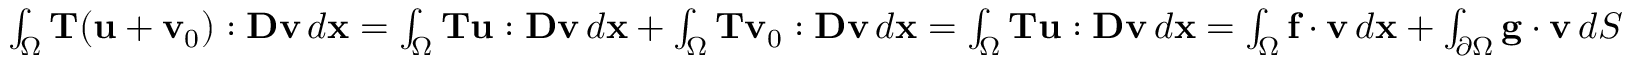
\begin{array} { r l } & { \int _ { \Omega } { \bf T } ( { \bf u } + { \bf v } _ { 0 } ) : { \bf D } { \bf v } \, d { \bf x } = \int _ { \Omega } { \bf T } { \bf u } : { \bf D } { \bf v } \, d { \bf x } + \int _ { \Omega } { \bf T } { \bf v } _ { 0 } : { \bf D } { \bf v } \, d { \bf x } = \int _ { \Omega } { \bf T } { \bf u } : { \bf D } { \bf v } \, d { \bf x } = \int _ { \Omega } { \bf f } \cdot { \bf v } \, d { \bf x } + \int _ { \partial \Omega } { \bf g } \cdot { \bf v } \, d S } \end{array}